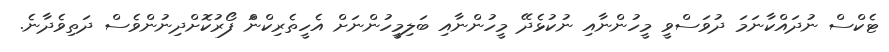
ޓެކްސް ނުދައްކާނަމަ ދުވަސްވީ މީހުންނާއި ނުކުޅެދޭ މީހުންނާއި ބަލިމީހުންނަށް އެހީތެރިކްނަް ފޯރުކޮށްދިނުންވެސް ދަތިވެދާނެ.